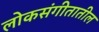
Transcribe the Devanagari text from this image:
लोकसंगीतातील